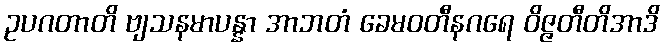
ဥပဂတာတိ ဗျသနမာပန္နာ အာဘတံ ခေမဝတီနဂရေ ဝိဇ္ဇတီတိအာဒိ